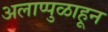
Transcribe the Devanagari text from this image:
अलाप्पुळाहून